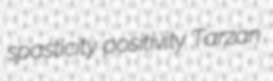
spasticity positivity Tarzan